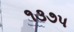
૧૩૭૫